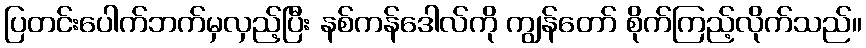
ပြတင်းပေါက်ဘက်မှလှည့်ပြီး နစ်ကန်ဒေါလ်ကို ကျွန်တော် စိုက်ကြည့်လိုက်သည်။